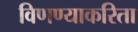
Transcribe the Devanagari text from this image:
विणण्याकरिता